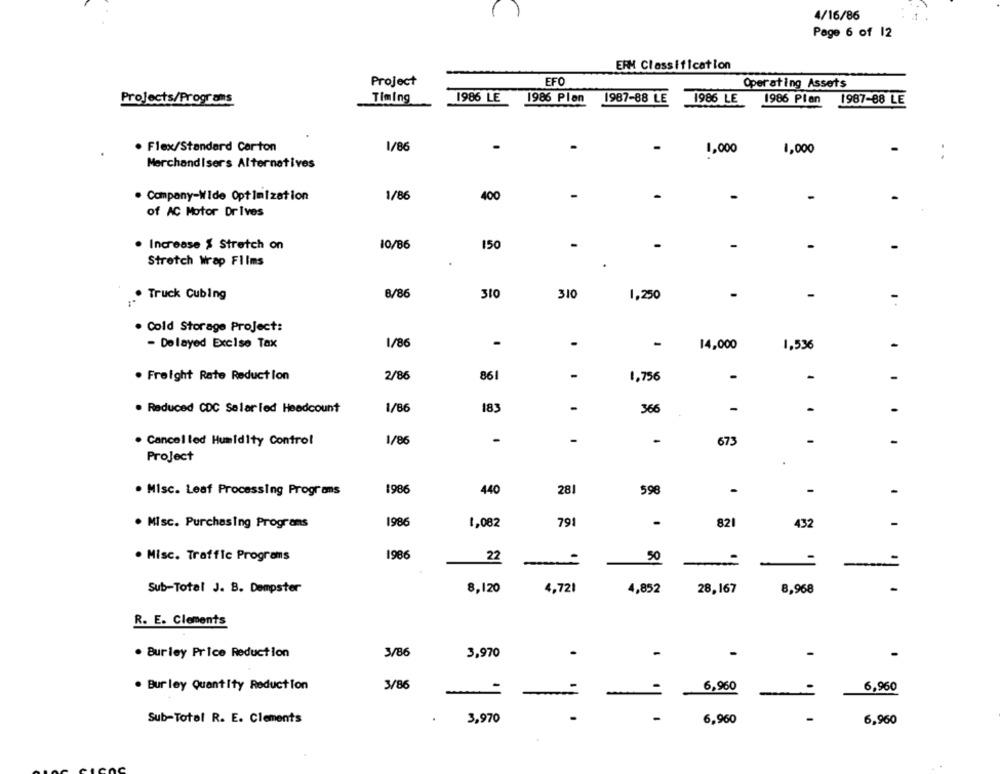
4/16/86
Page 6 of 12
ERM Classification
Project
EFO
Operating Assets
Projects/Programs
Timing
1986 LE
1986 Plon
1987-88 LE
1986 LE
1986 Plan
1987-88 LE
. Flex/Standard Carton
1/86
.
1,000
1,000
MerchandIsers Alternatives
-
· Company-Wide OptimIzation
1/86
400
of AC Motor Drives
. Increase $ Stretch on
10/86
150
-
-
Stretch Wrap Films
8/86
310
310
1,250
-
-
Truck Cubing
· Cold Storage Project:
- Delayed Excise Tax
1/86
-
.
-
14,000
1,536
-
. Freight Rate Reduction
2/86
86
-
1,756
-
-
-
. Reduced CDC Salarled Headcount
1/86
183
-
366
-
-
. Cancelled Humidity Control
1/86
-
-
-
673
-
-
Project
. Misc. Leaf Processing Programs
1986
440
281
598
-
-
9861
. Misc. Purchasing Programs
1,082
791
-
821
432
-
. Misc. Traffic Programs
1986
22
50
-
-
Sub-Total J. B. Dempster
8,120
4,721
4,852
28,167
8,968
R. E. Clements
. Burley Price Reduction
3/86
3,970
-
-
-
. Burley QuantIty Reduction
3/86
6,960
6,960
-
-
Sub-Total R. E. Clements
.
3,970
6,960
-
6,960